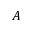
A